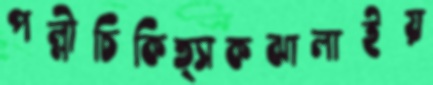
পল্লীচিকিত্সকঝালাইয়